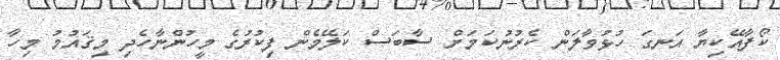
ކޯފާއޭކިޔާ އަނގަ ހުޅުވާލަން ކެރުނުކަމަށް ސާބަސް ކަލޭމެން ފިކުރުގެ މީހުންނާހެދި މިޤައުމު މިހާ